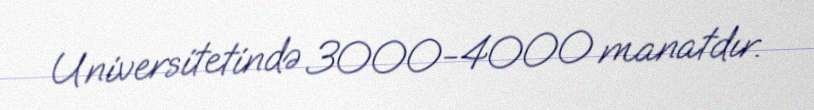
Universitetində 3000-4000 manatdır.